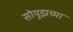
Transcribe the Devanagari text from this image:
सोयूझच्या